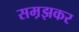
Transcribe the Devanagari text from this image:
सम़झकर